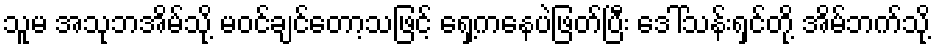
သူမ အသုဘအိမ်သို့ မဝင်ချင်တော့သဖြင့် ရှေ့ကနေပဲဖြတ်ပြီး ဒေါ်သန်းရှင်တို့ အိမ်ဘက်သို့